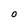
Character: o